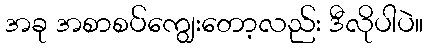
အခု အစာစပ်ကျွေးတော့လည်း ဒီလိုပါပဲ။